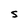
Character: S